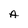
Character: A